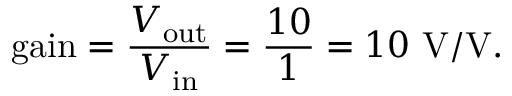
{ \mathrm { g a i n } } = { \frac { V _ { \mathrm { o u t } } } { V _ { \mathrm { i n } } } } = { \frac { 1 0 } { 1 } } = 1 0 ~ { \mathrm { V / V } } .